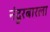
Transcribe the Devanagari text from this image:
नंदुरबारला